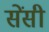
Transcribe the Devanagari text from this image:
सेंसी